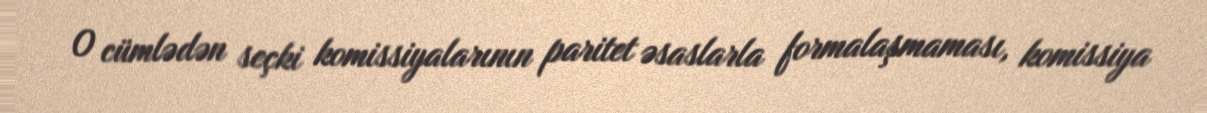
O cümlədən seçki komissiyalarının paritet əsaslarla formalaşmaması, komissiya